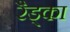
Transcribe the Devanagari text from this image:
रैड्का